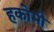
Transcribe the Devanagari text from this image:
हकोमी